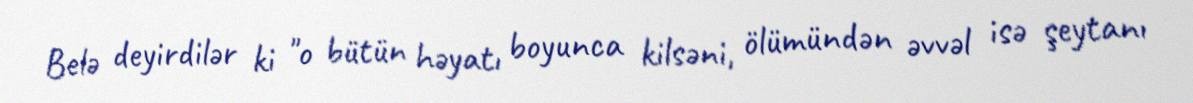
Belə deyirdilər ki "o bütün həyatı boyunca kilsəni, ölümündən əvvəl isə şeytanı